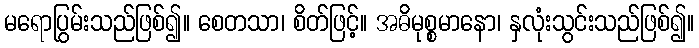
မရောပြွမ်းသည်ဖြစ်၍။ စေတသာ၊ စိတ်ဖြင့်။ အဓိမုစ္စမာနော၊ နှလုံးသွင်းသည်ဖြစ်၍။